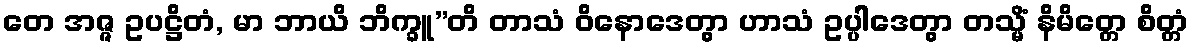
တေ အဇ္ဇ ဥပဋ္ဌိတံ, မာ ဘာယိ ဘိက္ခူ”တိ တာသံ ဝိနောဒေတွာ ဟာသံ ဥပ္ပါဒေတွာ တသ္မိံ နိမိတ္တေ စိတ္တံ